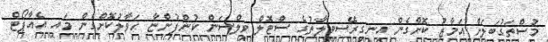
މުސްތަގުބަލަށް އަމާޒު ކޮށްގެން އިނގިރޭސިވިލާތުގެ ސްޓޮލް ވިލްސަން ކުންފުންޏާ ހަވާލުކޮށްގެން މައި އެއާޕޯޓް